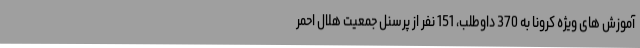
آموزش های ویژه کرونا به 370 داوطلب، 151 نفر از پرسنل جمعیت هلال احمر